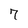
Character: 7